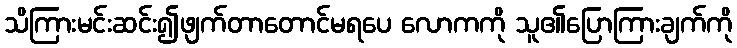
သိကြားမင်းဆင်း၍ဖျက်တာတောင်မရပေ လောကကို သူ၏ပြောကြားချက်ကို